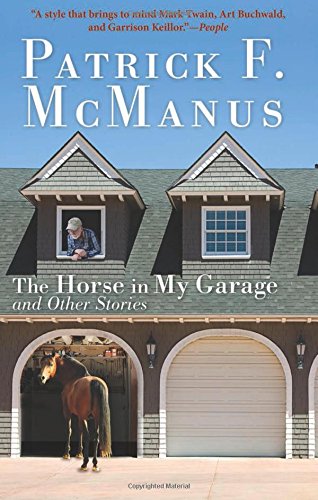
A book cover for The Horse in My Garage and Other Stories; Patrick F. McManus; Sports & Outdoors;